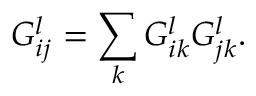
G _ { i j } ^ { l } = \sum _ { k } G _ { i k } ^ { l } G _ { j k } ^ { l } .